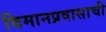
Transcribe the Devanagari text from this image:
विमानप्रवासाची